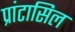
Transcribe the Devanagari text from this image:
प्रांटासिल